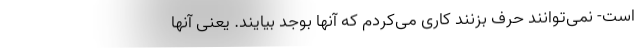
است- نمی‌توانند حرف بزنند کاری می‌کردم که آنها بوجد بیایند. یعنی آنها